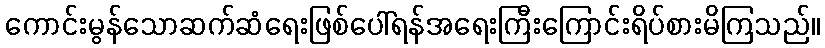
ကောင်းမွန်သောဆက်ဆံရေးဖြစ်ပေါ်ရန်အရေးကြီးကြောင်းရိပ်စားမိကြသည်။